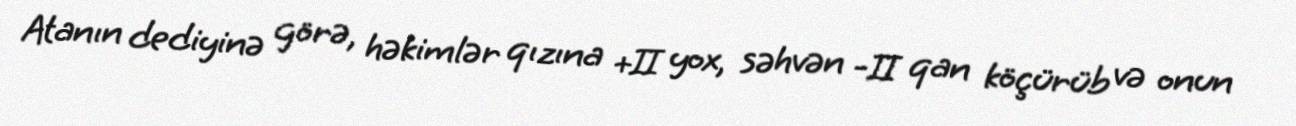
Atanın dediyinə görə, həkimlər qızına +II yox, səhvən -II qan köçürüb və onun